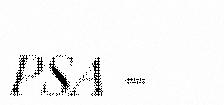
PSA -